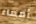
أمعاء